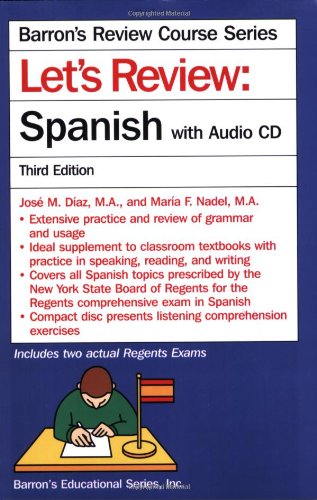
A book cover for Let's Review Spanish with Audio CD (Let's Review Series); Jose Diaz; Test Preparation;